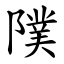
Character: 䧤